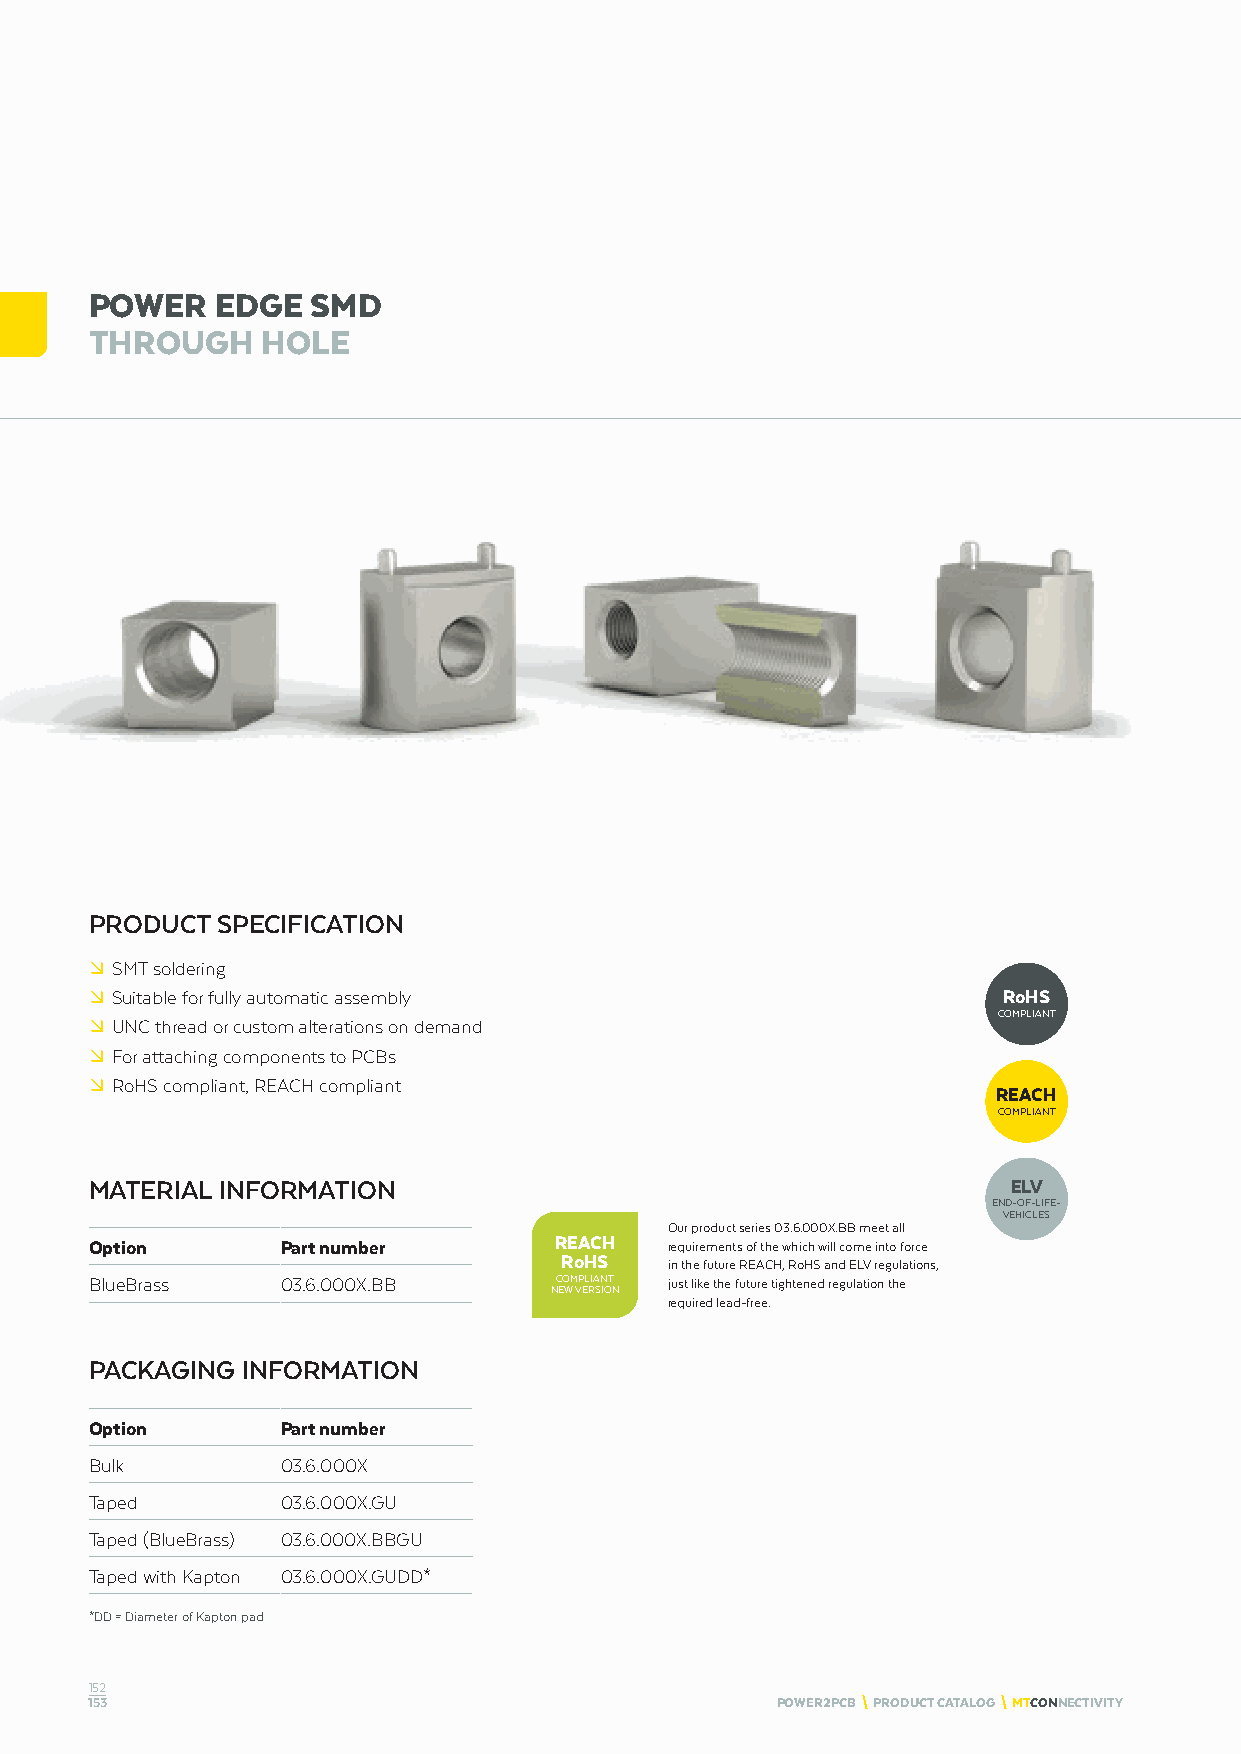
POWER   EDGE   SMD
 THROUGH    HOLE
 PRODUCT SPECIFICATION
 º SMT soldering
 º Suitable for fully automatic assembly                     RoHS
 COMPLIANT
 º UNC thread or custom alterations on demand
 º For attaching components to PCBs
 º RoHS compliant, REACH compliant
 REACH
 COMPLIANT
 MATERIAL INFORMATION                                         ELV
 END-OF-LIFE-
 VEHICLES
 Our product series 03.6.000X.BB meet all
 Option       Part number       REACH  requirements of the which will come into force
 RoHS
 in the future REACH, RoHS and ELV regulations,
 BlueBrass    03.6.000X.BB      COMPLIANT just like the future tightened regulation the
 NEW VERSION
 required lead-free.
 PACKAGING INFORMATION
 Option       Part number
 Bulk         03.6.000X
 Taped        03.6.000X.GU
 Taped (BlueBrass) 03.6.000X.BBGU
 Taped with Kapton 03.6.000X.GUDD*
 *DD = Diameter of Kapton pad
 152
 153                                          POWER2PCB \ PRODUCT CATALOG \ MTCONNECTIVITY